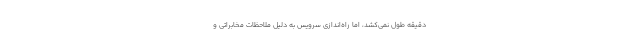
دقیقه طول نمی‌کشد، اما راه‌اندازی سرویس به دلیل ملاحظات مخابراتی و